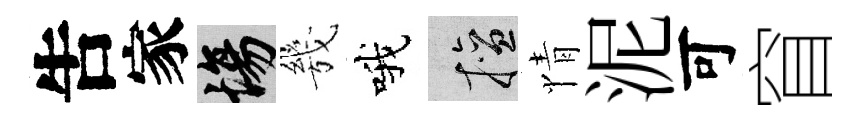
吿家場㡬哦擅情泥可窅